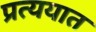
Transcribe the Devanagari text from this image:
प्रत्ययात